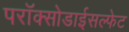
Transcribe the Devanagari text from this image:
परॉक्सोडाईसल्फेट